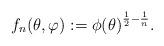
LaTeX: \begin{align*}f_{n}(\theta,\varphi):={\phi(\theta)}^{\frac{1}{2}-\frac{1}{n}}.\end{align*}